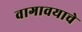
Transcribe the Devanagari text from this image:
वागावयाचे